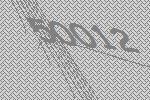
50012